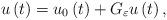
LaTeX: \begin{align*}u\left( t\right) =u_{0}\left( t\right) +G_{\varepsilon }u\left( t\right) , \end{align*}